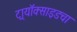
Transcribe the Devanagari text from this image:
ट्रायॉक्साइडचा